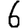
Digit: 6